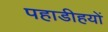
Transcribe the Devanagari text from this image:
पहाडीहयों